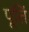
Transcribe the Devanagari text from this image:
पूतिं